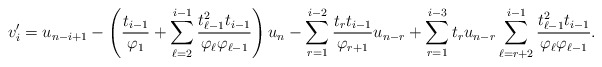
\begin{align*}v_i^\prime=u_{n-i+1}-\left(\frac{t_{i-1}}{\varphi_1}+\sum_{\ell=2}^{i-1}\frac{t_{\ell-1}^2t_{i-1}}{\varphi_{\ell}\varphi_{\ell-1}}\right)u_n-\sum_{r=1}^{i-2}\frac{t_{r}t_{i-1}}{\varphi_{r+1}}u_{n-r}+\sum_{r=1}^{i-3}t_ru_{n-r}\sum_{\ell=r+2}^{i-1}\frac{t_{\ell-1}^2t_{i-1}}{\varphi_{\ell}\varphi_{\ell-1}}.\end{align*}